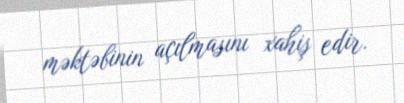
məktəbinin açılmasını xahiş edir.